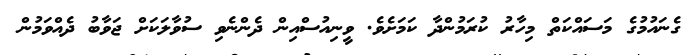
ގެނައުމުގެ މަސައްކަތް މިހާރު ކުރަމުންދާ ކަމަށެވެ. ވީނިއުސްއިން ދެންނެވި ސުވާލަކަށް ޖަވާބު ދެއްވަމުން